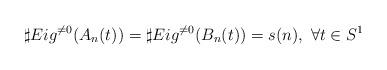
LaTeX: \begin{align*}\sharp Eig^{\neq0}(A_n(t))=\sharp Eig^{\neq0}(B_n(t))=s(n),~\forall t\in S^1\end{align*}